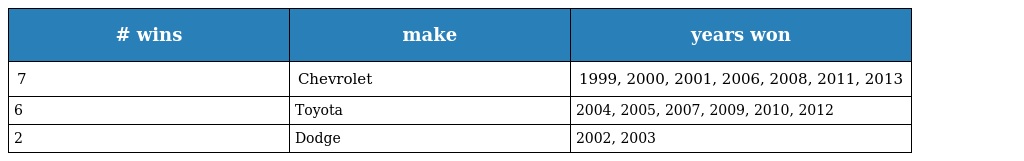
| # wins | make | years won |
 | --- | --- | --- |
 | 7 | Chevrolet | 1999, 2000, 2001, 2006, 2008, 2011, 2013 |
 | 6 | Toyota | 2004, 2005, 2007, 2009, 2010, 2012 |
 | 2 | Dodge | 2002, 2003 |